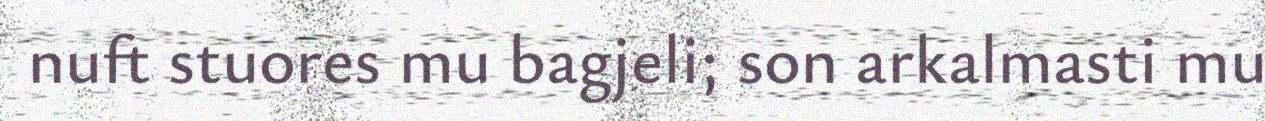
nuft stuores mu bagjeli; son arkalmasti mu